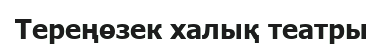
Тереңөзек халық театры